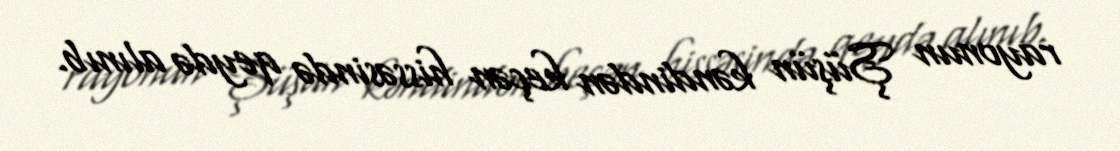
rayonun Şüşün kəndindən keçən hissəsində qeydə alınıb.